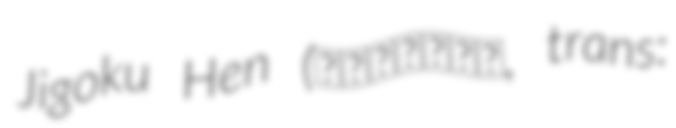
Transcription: Jigoku Hen (魔界転生地獄編, trans: